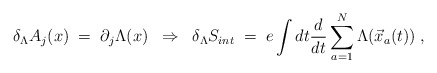
\begin{align*}\delta_\Lambda A_j (x) \;=\; \partial_j \Lambda (x)\;\;\Rightarrow\;\;\delta_\Lambda S_{int} \;=\; e \int dt \frac{d}{dt} \sum_{a=1}^N\Lambda({\vec x}_a(t)) \;,\end{align*}